NAE_ERA_R-2632_ENSV_TA_Emakeele_Selts_1945-1955, lk 5
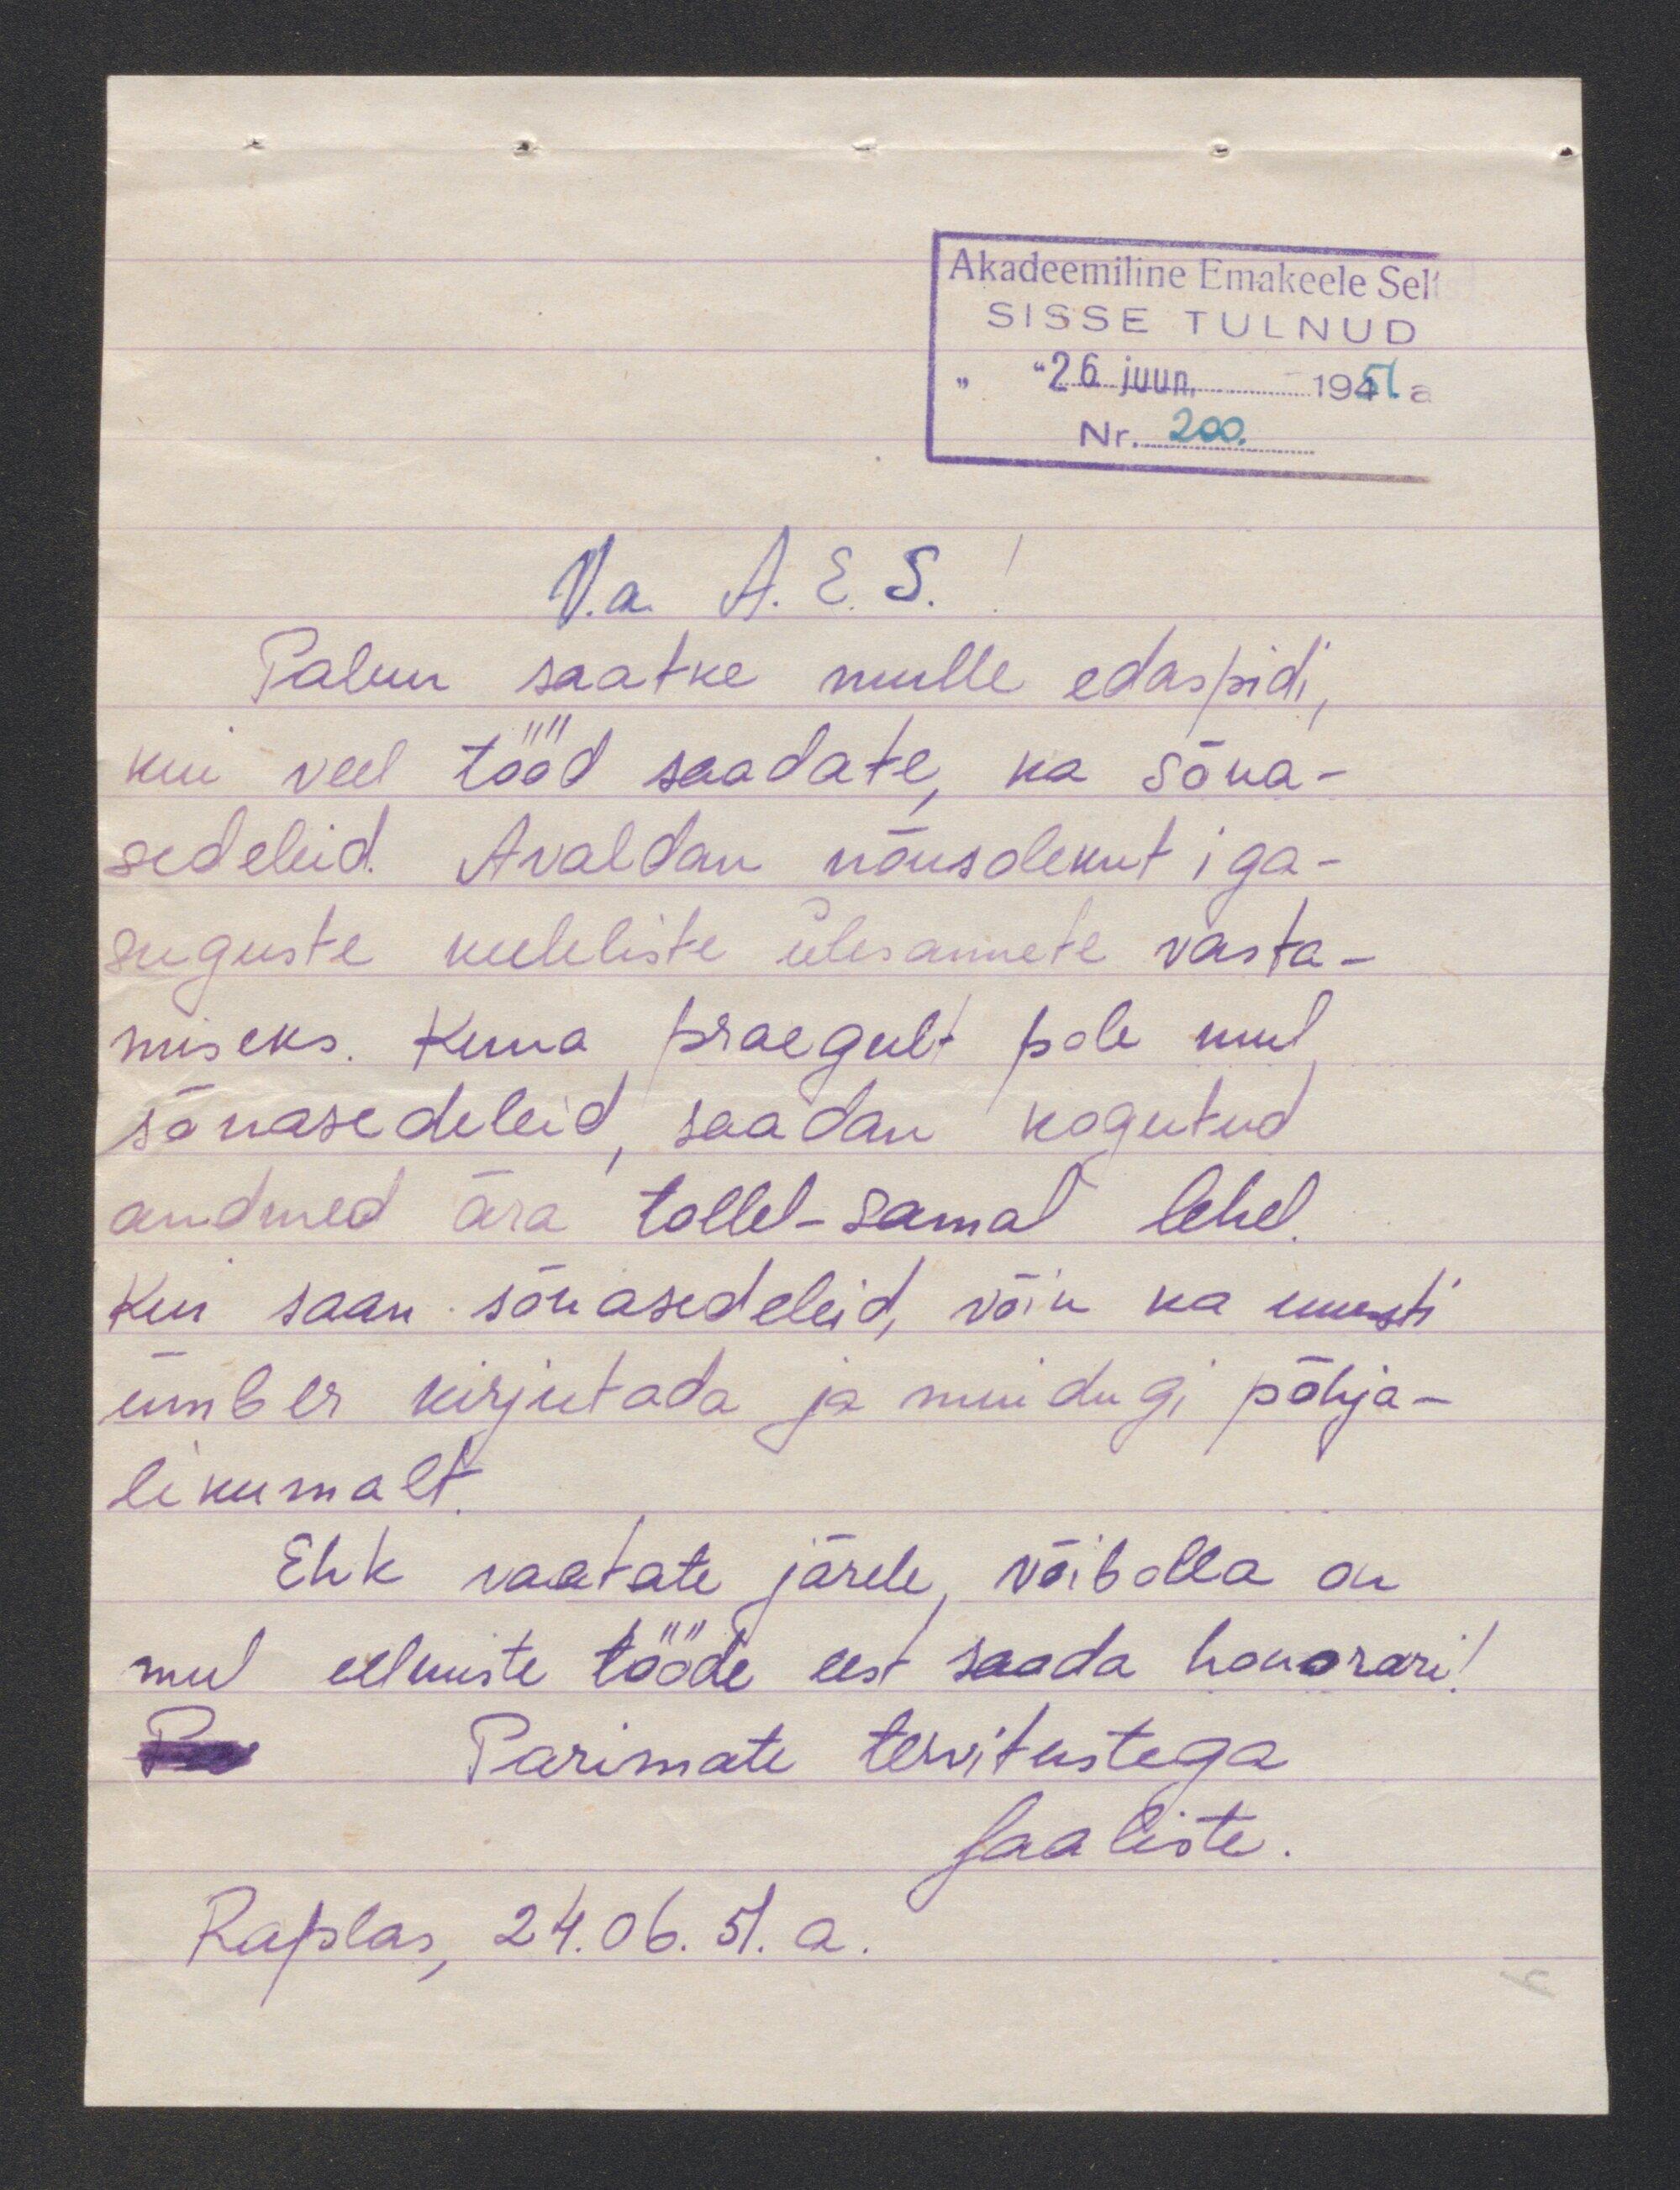
Akadeemiline Emakeele Selt
SISSE TULNUD
"26. juun. 1951a
Nr. 200.
V.a. A.E.S.
Palun saatke mulle edaspidi
kui veel tööd saadate, ka sõna-
sedeleid. Avaldan nõusolekut iga
suguste keeleliste ülesannete vasta-
miseks. Kuna praegult pole mul
sõnasedeleid, saadan kogutud
andmed ära tollel-samal lehel.
Kui saan sõnasedeleid, võin ka uuesti
ümber kirjutada ja muidugi põhja-
likumalt.
Ehk vaatate järele, võibolla on
mu eelmiste tööde eest saada honorari!
Parimate tervitustega
Saaliste
Raplas, 24.06.51.a.